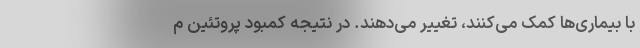
با بیماری‌ها کمک می‌کنند، تغییر می‌دهند. در نتیجه کمبود پروتئین م